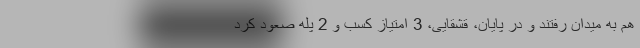
هم به میدان رفتند و در پایان، قشقایی، 3 امتیاز کسب و 2 پله صعود کرد